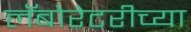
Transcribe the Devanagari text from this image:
लॅबोरेटरीच्या